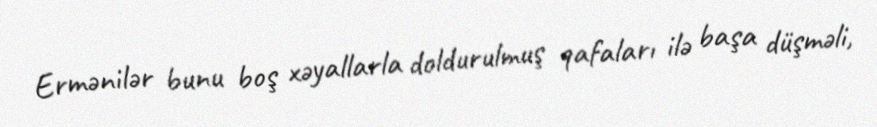
Ermənilər bunu boş xəyallarla doldurulmuş qafaları ilə başa düşməli,